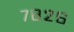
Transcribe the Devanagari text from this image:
७८२६